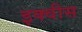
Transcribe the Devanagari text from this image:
इक्वीस